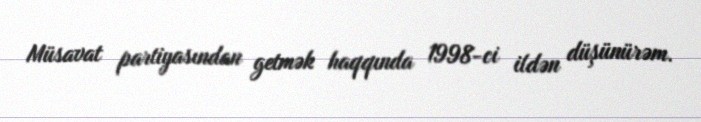
Müsavat partiyasından getmək haqqında 1998-ci ildən düşünürəm.